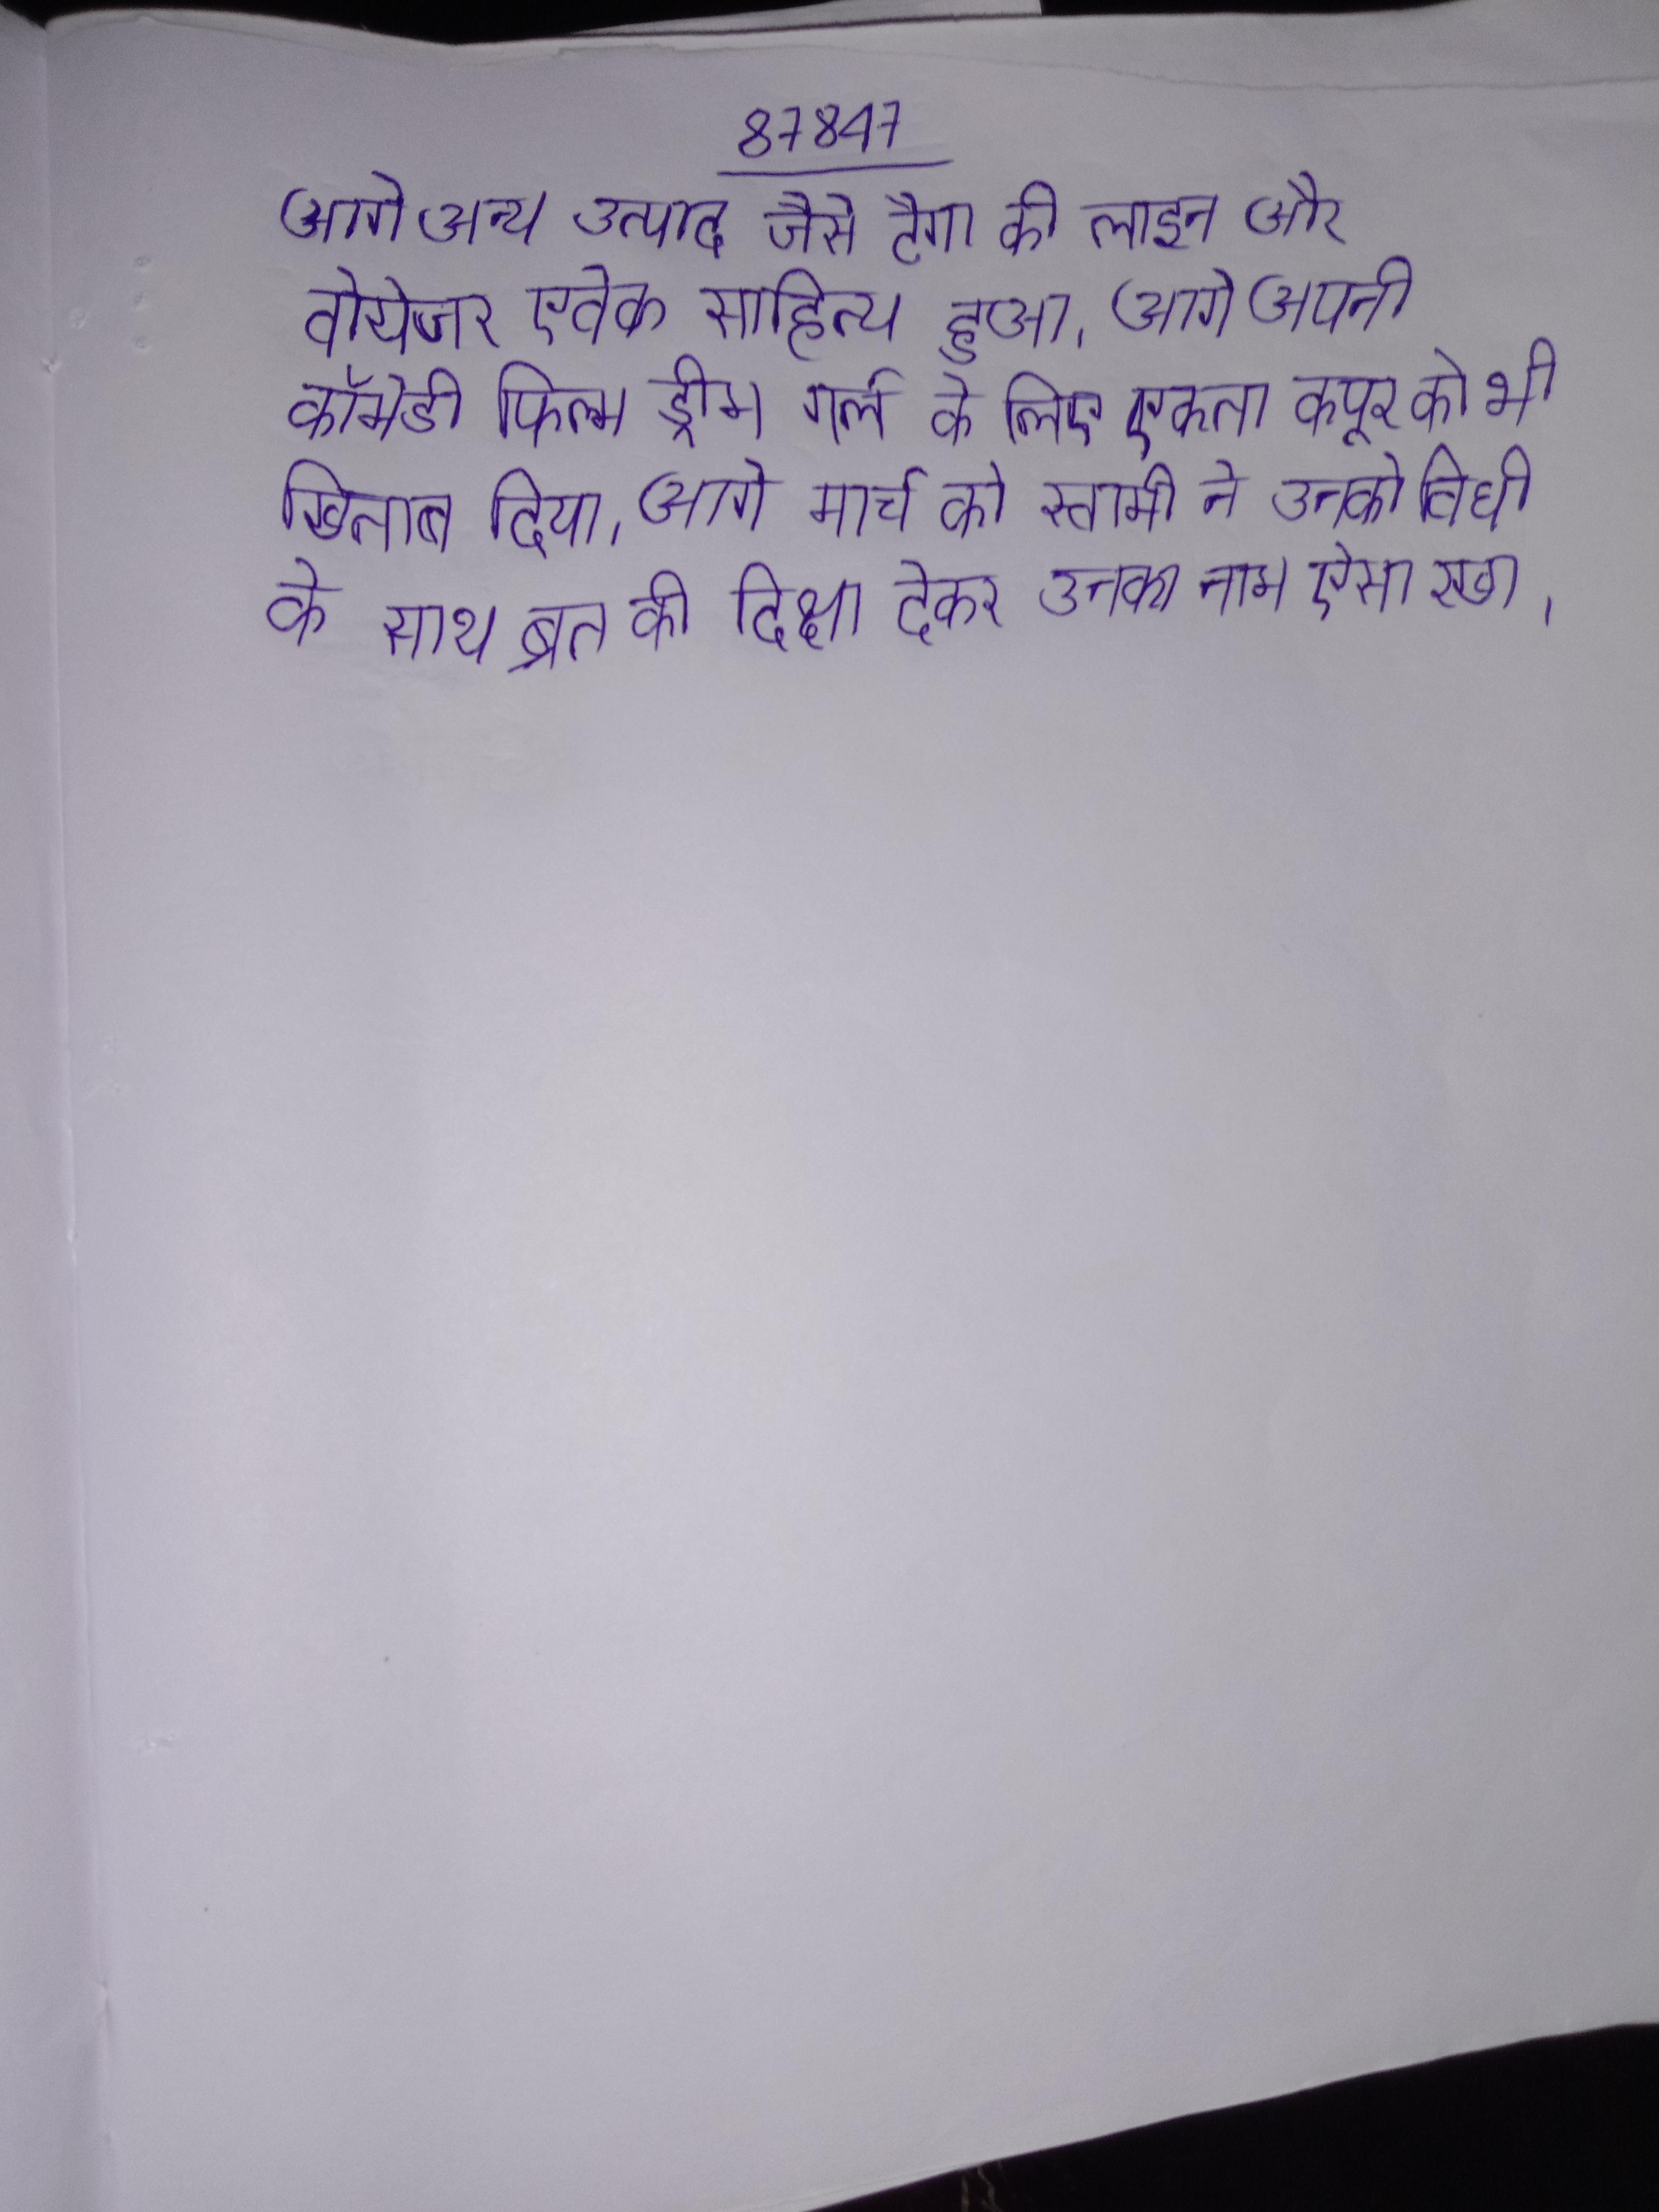
आगे अन्य उत्पाद जैसे टैगा की लाइन और वोयेजर एवेक साहित्य हुआ । आगे अपनी कॉमेडी फिल्म ड्रीम गर्ल के लिए एकता कपूर को भी खिताब दिया । आगे मार्च को स्वामी ने उनको विधी के साथ व्रत की दिक्षा देकर उनका नाम ऐसा रखा ।